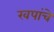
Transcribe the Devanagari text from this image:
खपांचे